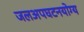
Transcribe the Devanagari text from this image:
जलअपघटनयोग्य